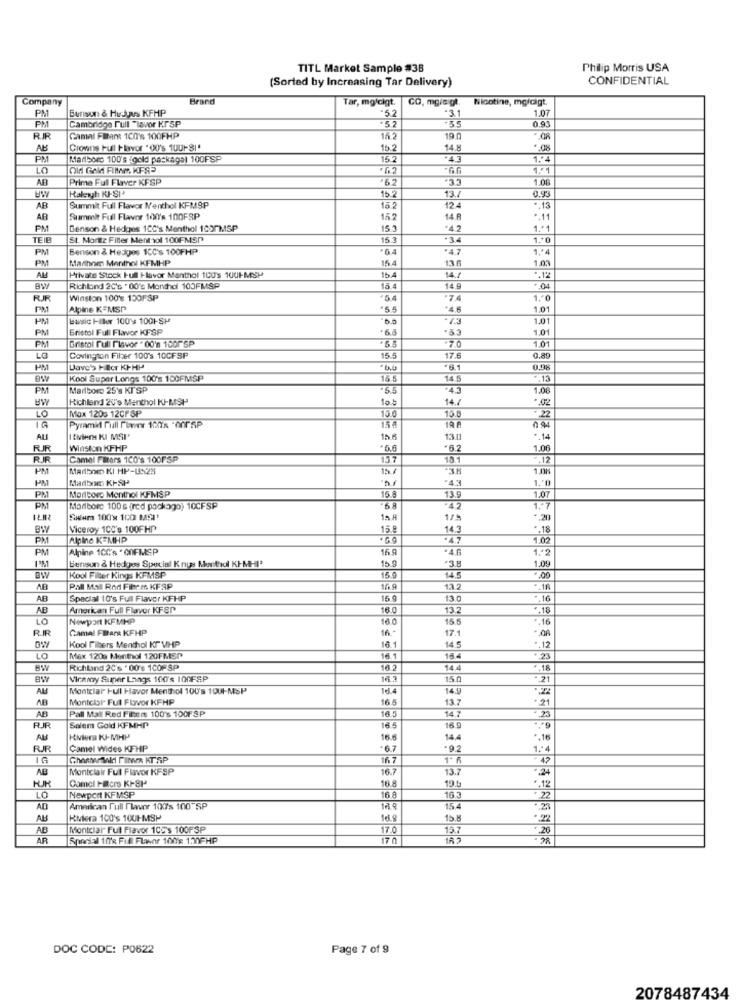
TITL Market Sample #38
Philip Morris USA
(Sorted by Increasing Tar Delivery)
CONFIDENTIAL
Company
Brand
Tar, mg/cigt.
CO. mgicigt.
Nicotine, mgldigt.
Bursun & Hudas KFMP
1.07
PM
Cambridge Full "Isvor Kr SP
"5.2
+52
-33
3.1
PM
0.9
RIR
Gamal Fmars 100's 100FHP
16.2
19
AB
Crowns Full Flavor "00's 1001-81'
16.2
14.8
".08
PM
Marbors 100's (gold package) 100FSP
15.2
1.2
LO
66
1.º1
AR
Prime Full Flaver KFSP
'62
1.06
Halerh KJ-SI+
0.95
15.2
13.7
AB
Summit Full Flavor Nenthol KFMSP
15 2
12.4
.. 13
AB
Summit Full Flavor 100's 100FSP
152
14.A
*. 11
PM
Benson & Hedges 10C's Menthol 1037MSP
153
*4.2
1 .* 1
TEIE
St. Moritz Filler Menthol 100FMSD
153
.34
1 .* 0
PM
Benson & Hedges 1CC's 100FHP
.4.7
PM
Marihnen Menthol KFMHP
15 4
13.6
1.03
Private Stock Full Havor Manthol 100's 1001-MSH
14./
.. 12
BW
Richland 20's . 00's Monthol 100FMSP
15.4
14 9
. 04
RJR
Winston 100's 150FSP
.7.4
1.40
PM
Alpine KEMSP
.55
*4.6
1.01
basic Hler 100' 1001-SP
-4.3
1.01
PM
Bristol Full Flavor KIFSP
.6.5
.83
1.01
Bristol rull riavor . 00'a 1601 5P
.70
1.01
PM
LG
Covington Filter 100's 10CFSP
15.5
17.6
0.39
PM
Dave's HiBcr KPHP
0,9%
Kool Super Longs 100's 100FMSP
16.5
14.5
.13
PM
Marlboro 25's KI SP
5.5
+4.3
1.06
BW
Kichland 2V's Menthol KJ-MSH
10
14.7
Mox 1203 12CF SP
150
LO
LG
15 4
15.0
.22
Pyramid Full Planer 12Tx -00PSP
15.6
13.0
* 14
RIR
Winston KFHP
*5.0
6.2
1.00
RR
Camel Filters 100's 100FSP
15.7
.12
PM
Madbom KI HP-UX23
*3.8
1.03h
HM
Madbra KISH
"4.3
PN
1.07
Marlboro Menthol KFMSP
15.5
13.9
PM
Marlboro 100 g (red packago) 10CFSP
45
1.7
Salem 100'x 100 MASI1
15 A
1/%
*. 20
BW
Viceroy 100's 100FHP
15.8
14.3
*. 18
PM
Alpine K=MHP
PM
Alpine 1CC's . COFMSP
16.9
.4.6
Benson & Hedges Special K nyss Merthiol KI-MHI'
.3.8
1.09
15.9
BW
Kool Filter Kings KFMSP
15.9
14.5
PAR MSI Rod Fiber. KFAP
16 9
13.2
. 18
AR
Special 10's Full Flavor KIFHP
15 9
130
* 16
AB
American Full Flavor KF8P
16.0
13.2
.. 18
LO
Newport KFMHP
16.0
15 5
- 16
RIR
Camal FRArs KFHP
16 -
17.1
14.5
Kool Filters Menthol KT" VHP
.. 12
LO
Max 1200 Menthol 120FMSP
18.4
+ 23
Richbind 2C's ' 00's 1COF SP
16.2
14.4
- 18
Bw
Vicaroy Super Langs 100's 100FSP
16.3
15.0
+21
AM
Montclar Full Havor Menthol 100's 1001-MSP
16.4
14.9
AB
Montclair Full Flavor KFHP
16.5
13.7
.21
AB
Pall Mall Red Fileis 100's 100F SP
16.5
14.7
= 23
RUR
Salem Gold KIFMHP
16 5
16 9
AU
Kivier KJ-MHP
16.6
14.4
.. 16
FUR
Camel Wides KFHP
+6.7
92
1:4
IG
16 7
- 42
Montclair Full Flavor KFSP
16.7
13.7
.24
Camel Hacre KF-8H
16.8
19.5
.12
22
LO
Newport KFMSP
16 8
16.3
AD
American Full Flavor 107's 100 SP
15 4
ABS
Riviera 100's 1001-MSP
16.9
15.8
AB
Montclar Full Flavor 105's 100FSP
17.0
15.7
20
AR
Special 10's Fill Flavor 100: 1.10FHP
170
IR 2
- 28
DOC CODE: P0622
Page 7 of 9
2078487434